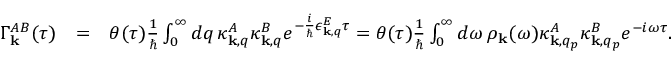
\begin{array} { r l r } { \Gamma _ { \bf k } ^ { A B } ( \tau ) } & { = } & { \theta ( \tau ) \frac { 1 } { \hbar } \int _ { 0 } ^ { \infty } d q \, \kappa _ { { \bf k } , q } ^ { A } \kappa _ { { \bf k } , q } ^ { B } e ^ { - \frac { i } { \hbar } \epsilon _ { { \bf k } , q } ^ { E } \tau } = \theta ( \tau ) \frac { 1 } { \hbar } \int _ { 0 } ^ { \infty } d \omega \, \rho _ { { \bf k } } ( \omega ) \kappa _ { { \bf k } , q _ { p } } ^ { A } \kappa _ { { \bf k } , q _ { p } } ^ { B } e ^ { - i \omega \tau } . } \end{array}